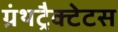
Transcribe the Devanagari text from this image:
ग्रंथट्रैक्टेटस